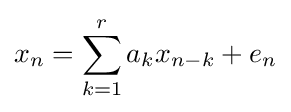
x_{n}=\sum _{k=1}^{r}a_{k}x_{n-k}+e_{n}